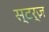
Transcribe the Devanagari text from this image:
स्टर्ज़